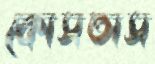
কোসতাস